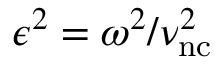
\epsilon ^ { 2 } = \omega ^ { 2 } / \nu _ { \mathrm { n c } } ^ { 2 }